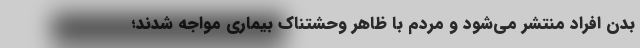
بدن افراد منتشر می‌شود و مردم با ظاهر وحشتناک بیماری مواجه شدند؛